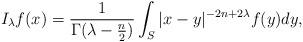
LaTeX: \begin{align*}I_\lambda f(x) =\frac{1}{\Gamma(\lambda -\frac{n}{2})} \int_S \vert x-y\vert^{-2n+2\lambda} f(y) dy,\end{align*}